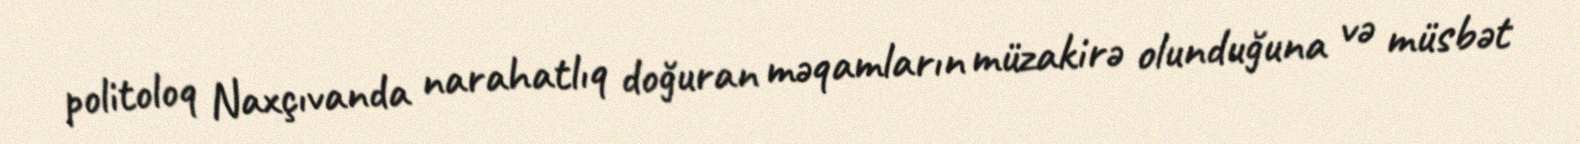
politoloq Naxçıvanda narahatlıq doğuran məqamların müzakirə olunduğuna və müsbət